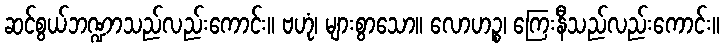
ဆင်စွယ်ဘဏ္ဍာသည်လည်းကောင်း။ ဗဟုံ၊ များစွာသော။ လောဟဉ္စ၊ ကြေးနီသည်လည်းကောင်း။